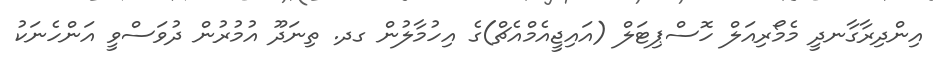
އިންދިރާގާނދީ މެމޯރިއަލް ހޮސްޕިޓަލް (އައިޖީއެމްއެޗް)ގެ އިހުމާލުން ގދ. ތިނަދޫ އުމުރުން ދުވަސްވީ އަންހެނަކު